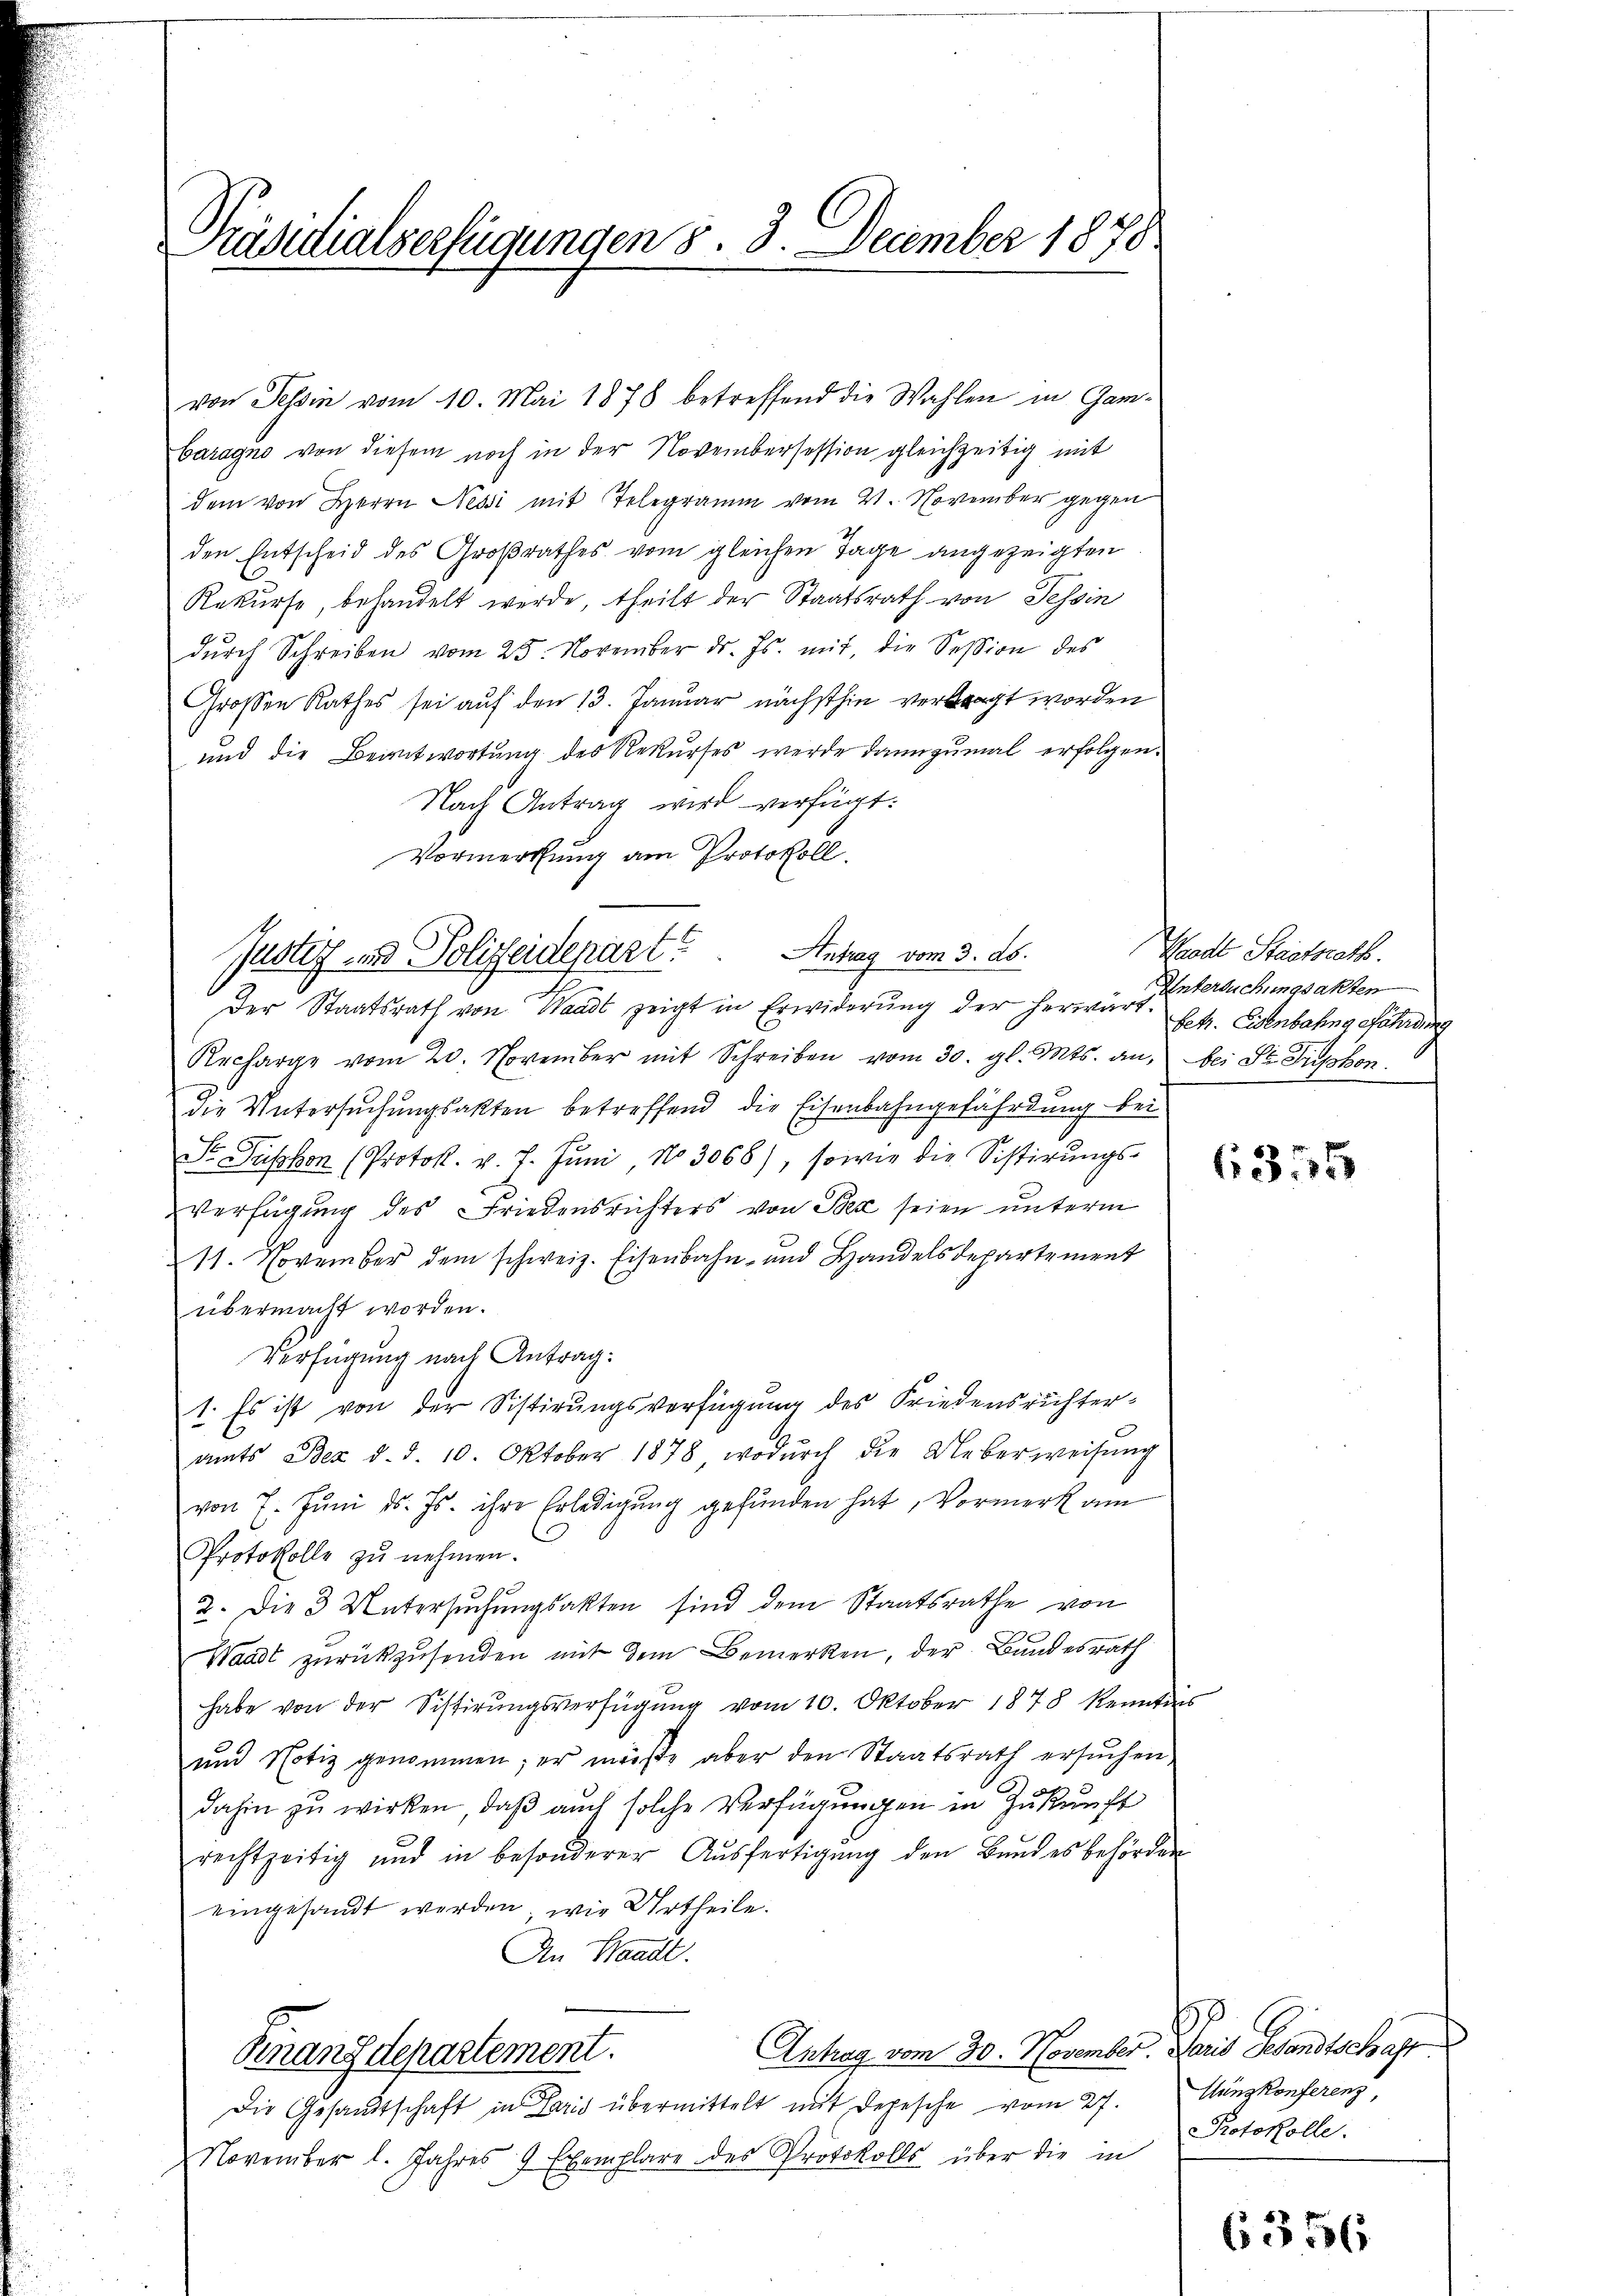
Präsidialserfügungen 8. 3. December 1878.

von Tessin vom 10. Mai 1878 betreffend die Wahlen in Gambaragno von diesem noch in der Novembersession gleichzeitig mit
dem von Herrn Nessi mit Telegramm vom 21. November gegen
den Entscheid des Großrathes vom gleichen Tage angezeigten
Rekurse, behandelt werde, theilt der Staatsrath von Tessin
dŭrch Schreiben vom 25. November dr. Js. mit, die Session des
Großen Rathes sei auf den 13. Januar nächsthin vertragt worden
und die Beantwortung des Rekurses werde dannzumal erfolgen.
Nach Antrag wird verfügt:
Vormerkung am Protokoll.
Der Staatsrath von Waadt zeigt in Erwiderung der herwart. Erbr. Eisenbahngefährdung
Recharge vom 20. November mit Schreiben vom 30. gl. Mts. an, bei St. Priskon
die Untersuchungsakten betreffend die Eisenbahngefährdung bei
S usson (Protok. v. J. Juni, No 3068), sowie die Sistirŭngs-
Verfügung des Friedensrichters von Bex seien unterm
11. November dem schweiz. Eisenbahn- und Handelsdepartement
übermacht worden.
Verfügung nach Antrag:
t. Es ist von der Sistirungsverfügung des Friedensrichteramts Bez d. d. 10. Oktober 1878, wodŭrch die Ueberweisŭng
von 7. Jŭni d. Js. ihre Erledigŭng gefŭnden hat, Vormerk am
Protokolle zu nehmen.
2. Die 3 Untersŭchŭngsakten sind dem Staatsrathe von
Waadt zurückzusenden mit dem Bemerken, der Bundesrath
habe von der Sistirŭngsverfügŭng vom 10. Oktober 1878 kenntni
und Notiz genommen, er müße aber den Staatsrath ersuchen,
dahin zu wirken, daß auch solche Verfügungen in Zukunft
rechtzeitig und in besonderer Aŭsfertigŭng den Bundesbehörden
eingesandt werden, wie Urtheile.
An Handl.
Arhag vom 30. November Paris Gesandtschaft
Finanzdepartement.
Die Gesandtschaft in Paris übermittelt mit Depesche vom 27. Jungkonferenz
November l. Jahres 9 Exemplare des Protokolls über die in

Justiz- und Polizeidepart. Antrag vom 3. ds.

Grodt Staatsrath.
Untersuchungsakten

(355

Protokolle.

6356